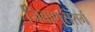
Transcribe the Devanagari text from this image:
जिवाणुसंसर्ग